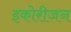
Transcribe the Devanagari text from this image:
इकोरीजन